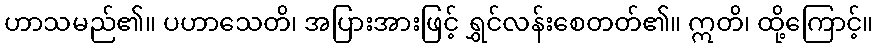
ဟာသမည်၏။ ပဟာသေတိ၊ အပြားအားဖြင့် ရွှင်လန်းစေတတ်၏။ ဣတိ၊ ထို့ကြောင့်။